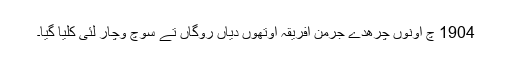
1904 چ اونوں چرھدے جرمن افریقہ اوتھوں دیاں روگاں تے سوچ وچار لئی کلیا گیا۔